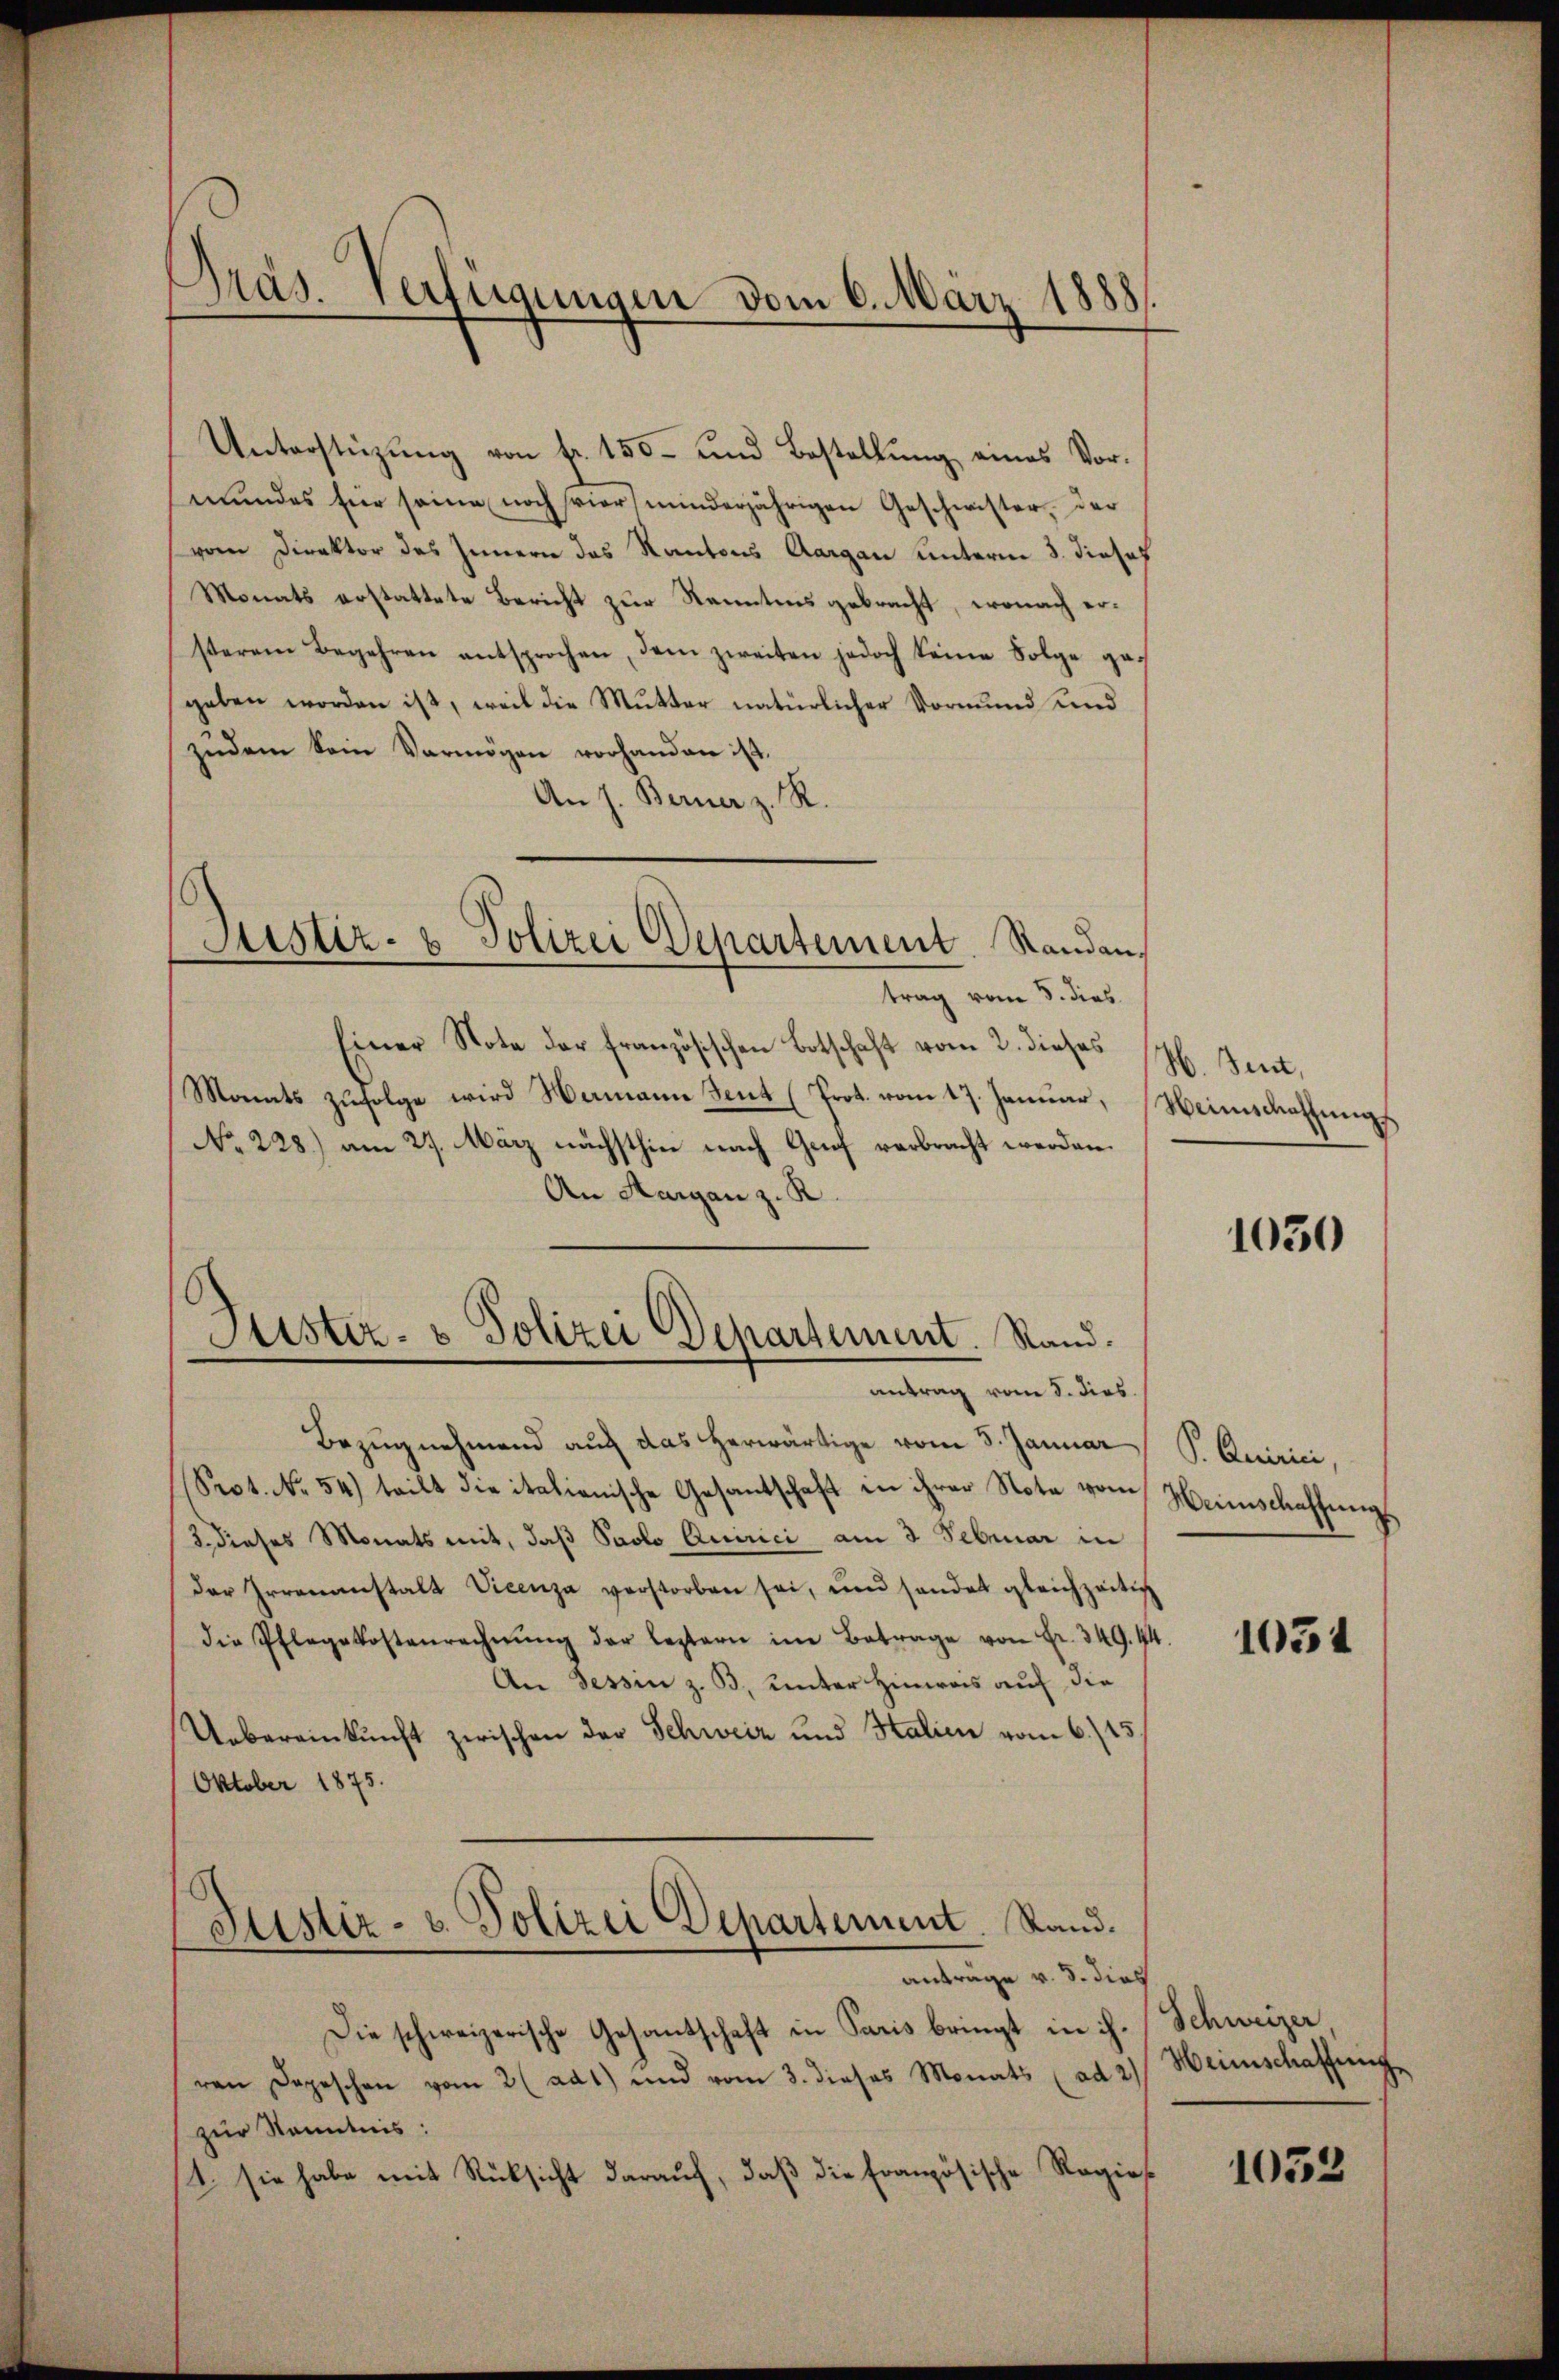
Präs. Verfügungen vom 6. März 1888

Justiz- & Polizei Departement. Standen,

Unterstüzung von fr. 150 und Bestellung eines Vormundes für seine noch vier minderjährigen Geschwister, der
vom Direktor des Innern das Kantons Aargau unterm 8. Josef
Monats erstattete Bericht zur Kenntens gebracht, wonach ersterem Begehren entsprochen, dem zweiten jedoch keine Folge ge-
geben worden ist, weil die Mutter natürlicher Vormund und
zudem Sein Vermögen vorhanden ist.
An J. Berner z. R.
trag vom 5. dies
Einer Note der französischen Botschaft vom 2. dieses 16. Jennt,
Mamts zufolge wird Namann Tent (Prot. vom 17. Januar, Heimschatzungs
No 228.) am 29. März nächsthin nach Genf verbracht werden.
An Aargau z. R.
Justiz- & Polizei Departement. Rand.
antrag vom 8. dies
Bezŭgnehmend auf das herwärtige vom 5. Januar (S. Quirici,
Sept. No 54) teilt die italienische Gesantschaft in ihrer Note vom Heimschaffungs
/3. dieses Monats mit, daß Paolo Quirici am 3 Februar in
der Irrenanstalt Vicenza verstorben sei, und sonder gleichzeitig
die Pflegekostenrechnŭng der leztern im Betrage von Fr. 349. 44.
An Tessin z. B. unter Hinweis auf die
Uebereinkunft zwischen der Schweiz und Stalien vom 6./17.
Oktober 1875.
Justiz- u. Polizei Departement. Stand.
antrage v. 3. dies
Die schweizerische Gesantschaft in Paris bringt in ihr Schweizer
ren Depeschen vom 2 (ad1) und vom 3. dieses Monats (ad 2. Heimschaffung
zur Kenntnis:
1. sie habe mit Rücksicht darauf, daß die französische Regie¬

1030

1054

1053